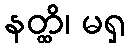
နတ္ထိ၊ မရှ